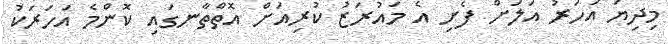
މިދިޔަ އަހަރު އަލަށް ފެށި އެ މައުރަޒު ކުރިއަށް އޮތްތާނގައި ކޮންމެ އަހަރަކު